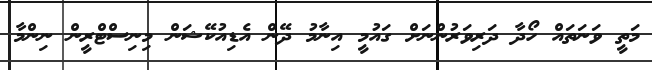
މަތީ ވަނަތައް ހޯދާ ދަރިވަރުންނަށް ގައުމީ އިނާމު ދޭން އެޑިއުކޭޝަން މިނިސްޓްރީން ނިންމާ